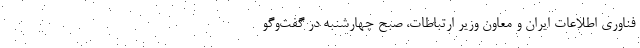
فناوری اطلاعات ایران و معاون وزیر ارتباطات، صبح چهارشنبه در گفت‌وگو